Vaccination in Bombay 1869-1873 - 1869-1873
Year: 1869
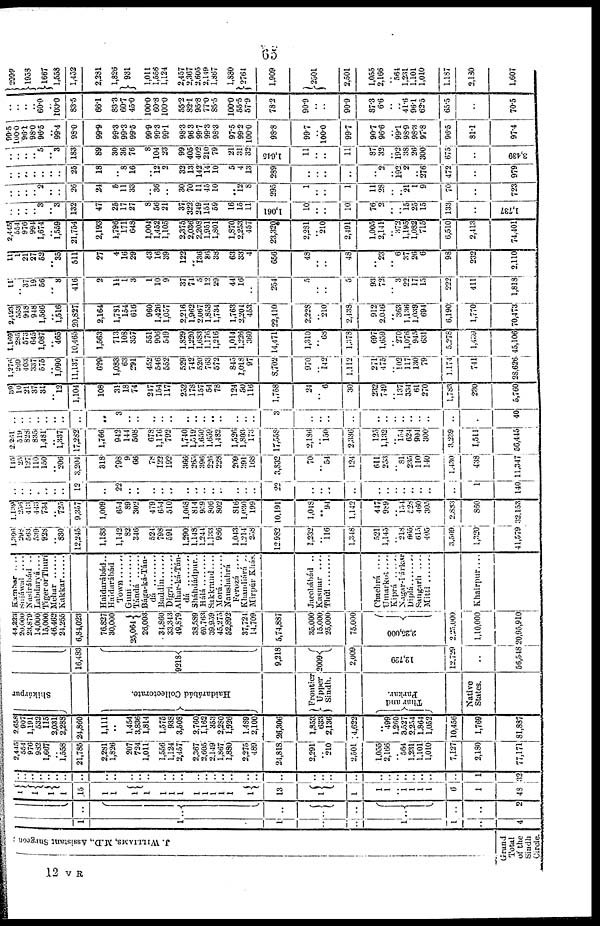
65
J. WILLIAMS, M.D., Assistant Surgeon
Grand
Total
of the
Sindh
Circle.
1
1
1
..
..
1
1
..
4
..
..
..
..
..
..
..
..
2
1
1
1
1
15
1
1
1
1
1
1
1
1
1
1
1
1
1
13
1
1
1
1
.. 1
1 1
1
6
1
43
..
..
..
..
..
..
..
..
..
..
..
..
..
..
..
..
..
..
..
..
..
..
..
..
..
..
..
..
..
..
..
..
..
..
..
..
1
32
2,445
554
976
982
1,667
.. 1,558
21,785
2,281
1,826
207
724
1,011
1,556
1,124
2,457
2,367
2,605
2,149
1,867
1,880
2,275
489
24,818
2,291
.. 210
2,501
..
2,166
.. 564
1,231
1,101
1,010
7,127
2,180
77,171
2,658
907
1,191
532
115
2,031
2,288
24,860
1,111
..
1,454
3,336
1,814
1,575
938
3,508
2,760
1,162
353
2,280
1,926
1,489
2,100
26,306
1,853
633
2,136
4,622
..
499
1,260
3,527
2,254
1 864
1,052
10,456
1,769
81,887
Shikárpur
Haidarábád Collectorate.
Frontier
Upper
Sindh.
Thar and
Parkar.
Native
States.
16,483
9218
9,218
2009
2,009
12,729
12,729
..
56,548
44,233
20,000
23,879
14,000
15,000
46,462
24,255
6,84,023
76,827
30,000
25,064
26,003
34,860
33,343
49,879
38,589
69,763
39,959
45,275
52,892
37,7214
14,709
5,74,887
35,000
15,000
25,000
75,000
2,25,000
2.25,000
1,10,000
20,95,910
Kambar ....
Sujáwal
....
Nasirábád ..
Labdarvá ....
Tiger or Thuri
Mehar
Kakkar
Haidarábád..
Haidarábád
Guni
Tándá
Bága-ká-Tán-
dá
Baddin
......
Digri
........
Alhar-ká-Tán-
dá
Sháhdádpur..
Hálá
Sakkrand ....
Morá
Naushahrá
Ferozá ....
Khamdiárá ..
Mirpúr Khás.
Jacobábád ..
Kasmar
....
Thúl
Chachrá
....
Umarkot ....
Kiprá
Nagar-Párkar
Diplá .......
Sangarh ....
Mitti
Khairpur ....
1,396
298
563
539
928
.. 330
12,245
1,183
1,142
32
346
524
798
591
1,290
1,148
1,244
1,133
986
1,043
1,214
258
12,982
1,232
.. 116
1,348
521
1,145
.. 213
665
615
405
3,569
1,320
41,579
1,139
256
413
443
734
.. 725
9,357
1,009
654
39
302
479
654
510
1,063
814
959
806
802
816
1,030
199
10,191
1,048
.. 94
1,142
447
989
.. 154
528
460
305
2,833
860
32,153
..
..
..
..
..
..
..
12
..
22
..
..
..
..
..
..
..
..
..
..
..
..
..
22
..
..
..
..
..
..
..
..
..
..
..
..
1
140
115
25
127
110
150
.. 206
3,204
318
798
9
66
78
122
192
366
265
396
226
228
209
391
168
3,832
70
.. 54
124
611
253
.. 81
235
110
140
1,430
438
11,347
2,261
519
828
835
1,481
..
1,337
17,282
1,766
942
144
508
678
1,176
792
1,740
1,519
1,650
1,659
1,482
1,526
1,803
173
17,558
2,186
..
150
2, 336
125
1,132
.. 154
624
904
300
3,239
1,511
56,445
..
..
..
..
..
..
..
..
..
3
..
..
..
..
..
..
..
..
..
..
..
..
..
3
..
..
..
..
..
..
..
..
..
..
..
..
40
39
10
21
37
31
.. 12
1,104
108
31
18
74
247
154
117
252
178
157
54
78
124
50
116
1,758
24
.. 6
30
232
749
.. 137
334
61
270
1,783
230
5,760
1,876
269
403
337
575
.. 1,090
11,137
629
1,083
63
291
452
546
552
529
742
520
763
572
845
1,018
97
8,702
970
.. 142
1,112
271
475
.. 102
117
130
79
1,174
741
28,626
1,169
285
573
645
1,087
.. 465
10,465
1,563
713
108
357
551
906
519
1,829
1,220
1,683
1,176
1,216
1,014
1,226
360
14,471
1,310
..
..
1,378
697
1,659
.. 270
1,076
945
631
5,278
1,439
45,106
2,423
553
918
948
1,566
.. 1,516
20,827
2,164
1,781
154
616
960
1,426
1,057
2,216
1,962
2,067
1,853
1,734
1,763
2,204
453
22,410
2,228
..
..
2,138
912
2,046
.. 363
1,136
1,039
694
6,190
1,770
70,473
11
..
37
19
56
.. 8
416
2
11
1
3
1
10
9
37
74
5
12
29
44
16
..
254
5
..
..
5
93
72
.. 3
22 17 15
222
411
1,818
11
1
21
27
52
.. 35
511
27
4
16
29
43
16
39
122
.. 136
86
38
63
33
4
656
48
..
..
48
..
23
.. 6
37
26
6
93
232
2,110
2,445
554
976
994
1,674
.. 1,559
21,754
2,193
1,796
171
648
1,004
1,452
1,105
2,375
2,036
2,208
1,951
1,801
1,870
2,253
457
23,320
2,281
..
..
2,491
1,005
2,141
.. 372
1,195
1,082
715
6,510
..
74,401
..
..
..
.. 3
.. 3
132
47
25
17
27
8
56
21
37
322
249
151
59
16
15
11
1,061
10
..
..
10
76
2
..
.. 15
25
15
133
..
1,737
..
..
..
.. 2
..
..
26
24
5
11
33
..
36
..
30
70
11
45
10
..
12
8
295
1
..
..
1
11
28
..
.. 21
1
9
70
..
723
..
..
..
..
..
..
..
25
18
..
8
16
..
12
2
32
13
142
14
10
5
4
13
289
..
..
..
..
..
2
.. 192
2
.. 276
472
..
979
..
..
..
.. 5
.. 3
183
89
30
36
76
8
104
23
99
405
402
210
79
21
31
32
1,645
11
..
..
11
87
32
.. 192
38
26
300
675
..
3,439
99.5
100.0
96.1
98.0
96.5
.. 99.4
93.0
99.9
99.3
99.3
99.5
99.9
99.3
99.1
98.3
96.3
99.7
99.3
98.3
97.5
99.2
100.0
98.8
99.7
.. 100.0
99.7
90.7
96.6
.. 99.1
98.9
98.3
97.8
96.5
81.1
974
..
..
..
.. 60.0
.. 100.0
83.5
66.1
83.3
60.7
45.0
100.0
60.8
100.0
55.2
82.1
95.8
77.0
85.5
100.0
55.5
579
78.2
90.9
..
..
90.9
87.3
6.6
.. ..
41.6
96.1
62.5
65.5
..
70.5
2999
1958
1667
1,553
1,452
2,231
1,826
931
1,011
1,556
1,124
2,457
2,367
2,605
2,119
1,867
1,880
2764
1,909
2501
2,501
1,055
2,166
.. 564
1,231
1,101
1,010
1,187
2,130
1,607
12 V R